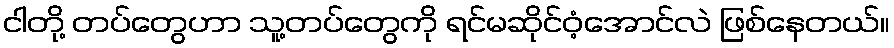
ငါတို့ တပ်တွေဟာ သူ့တပ်တွေကို ရင်မဆိုင်ဝံ့အောင်လဲ ဖြစ်နေတယ်။